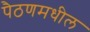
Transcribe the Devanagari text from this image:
पैठणमधील